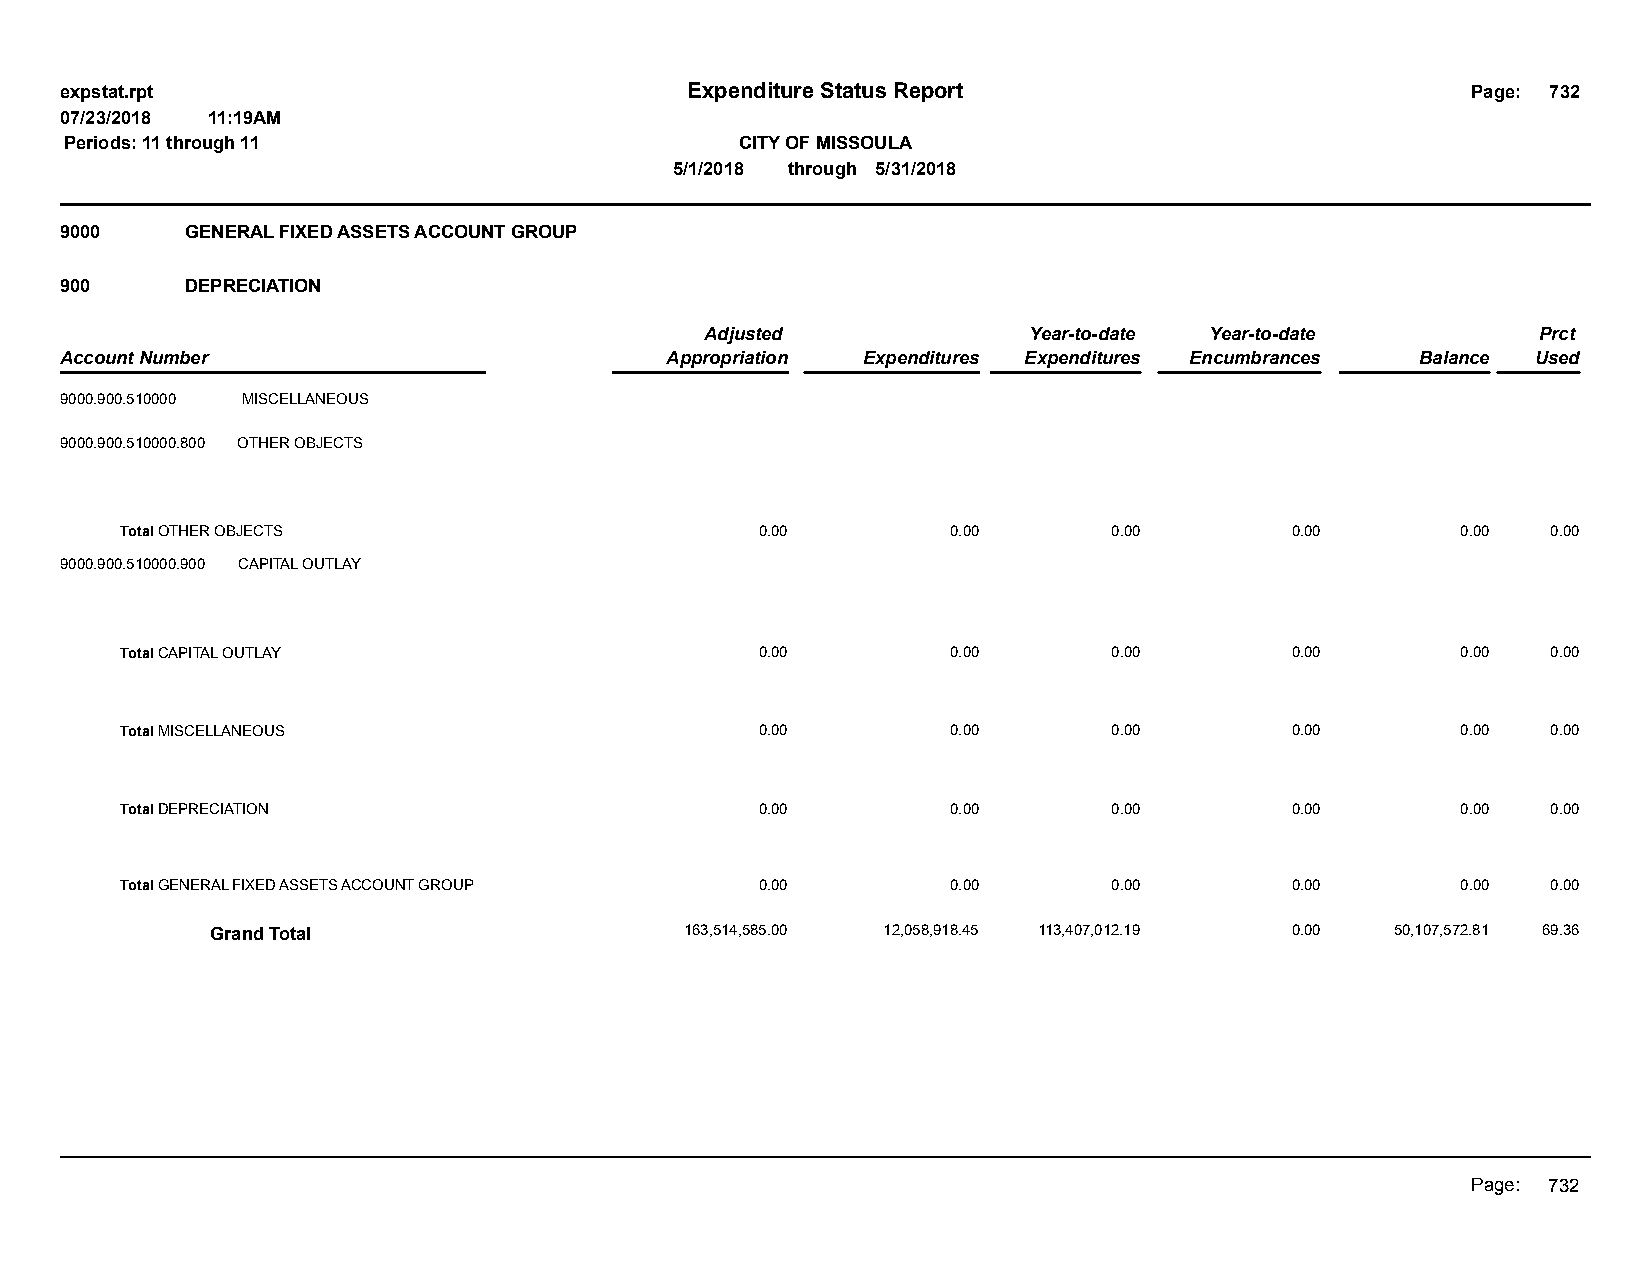
expstat.rpt                              Expenditure Status Report                           Page: 732
 07/23/2018 11:19AM
 Periods: 11 through 11                       CITY OF MISSOULA
 5/1/2018 through 5/31/2018
 9000    GENERAL FIXED ASSETS ACCOUNT GROUP
 900     DEPRECIATION
 Adjusted             Year-to-date Year-to-date         Prct
 Account Number                          Appropriation Expenditures Expenditures Encumbrances Balance Used
 9000.900.510000 MISCELLANEOUS
 9000.900.510000.800 OTHER OBJECTS
 Total OTHER OBJECTS                       0.00         0.00       0.00       0.00        0.00  0.00
 9000.900.510000.900 CAPITAL OUTLAY
 Total CAPITAL OUTLAY                      0.00         0.00       0.00       0.00        0.00  0.00
 Total MISCELLANEOUS                       0.00         0.00       0.00       0.00        0.00  0.00
 Total DEPRECIATION                        0.00         0.00       0.00       0.00        0.00  0.00
 Total GENERAL FIXED ASSETS ACCOUNT GROUP  0.00         0.00       0.00       0.00        0.00  0.00
 Grand Total                    163,514,585.00 12,058,918.45 113,407,012.19 0.00 50,107,572.81 69.36
 Page: 732